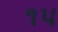
૧પ